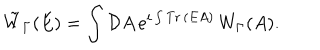
\tilde { W } _ { \Gamma } ( E ) = \int { \mathcal D } A \, e ^ { i \int \mathrm { T r } \, ( E A ) } \, W _ { \Gamma } ( A ) .